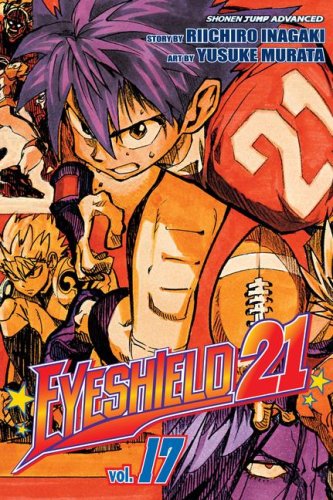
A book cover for Eyeshield 21, Volume 17; Riichiro Inagaki; Comics & Graphic Novels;